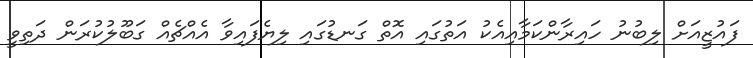
ފައުޒީއަށް ލިބުނު ހައިރާންކަމާއިއެކު އަތުގައި އޮތް ގަނޑުގައި ލިޔެފައިވާ އެއްޗެއް ގަބޫލުކުރަން ދަތިވީ